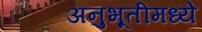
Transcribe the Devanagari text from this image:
अनुभूतीमध्ये